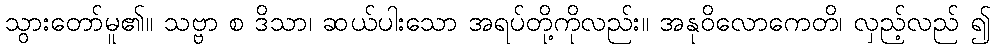
သွားတော်မူ၏။ သဗ္ဗာ စ ဒိသာ၊ ဆယ်ပါးသော အရပ်တို့ကိုလည်း။ အနုဝိလောကေတိ၊ လှည့်လည် ၍